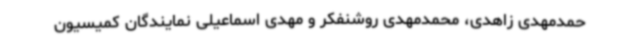
حمدمهدی زاهدی، محمدمهدی روشنفکر و مهدی اسماعیلی نمایندگان کمیسیون